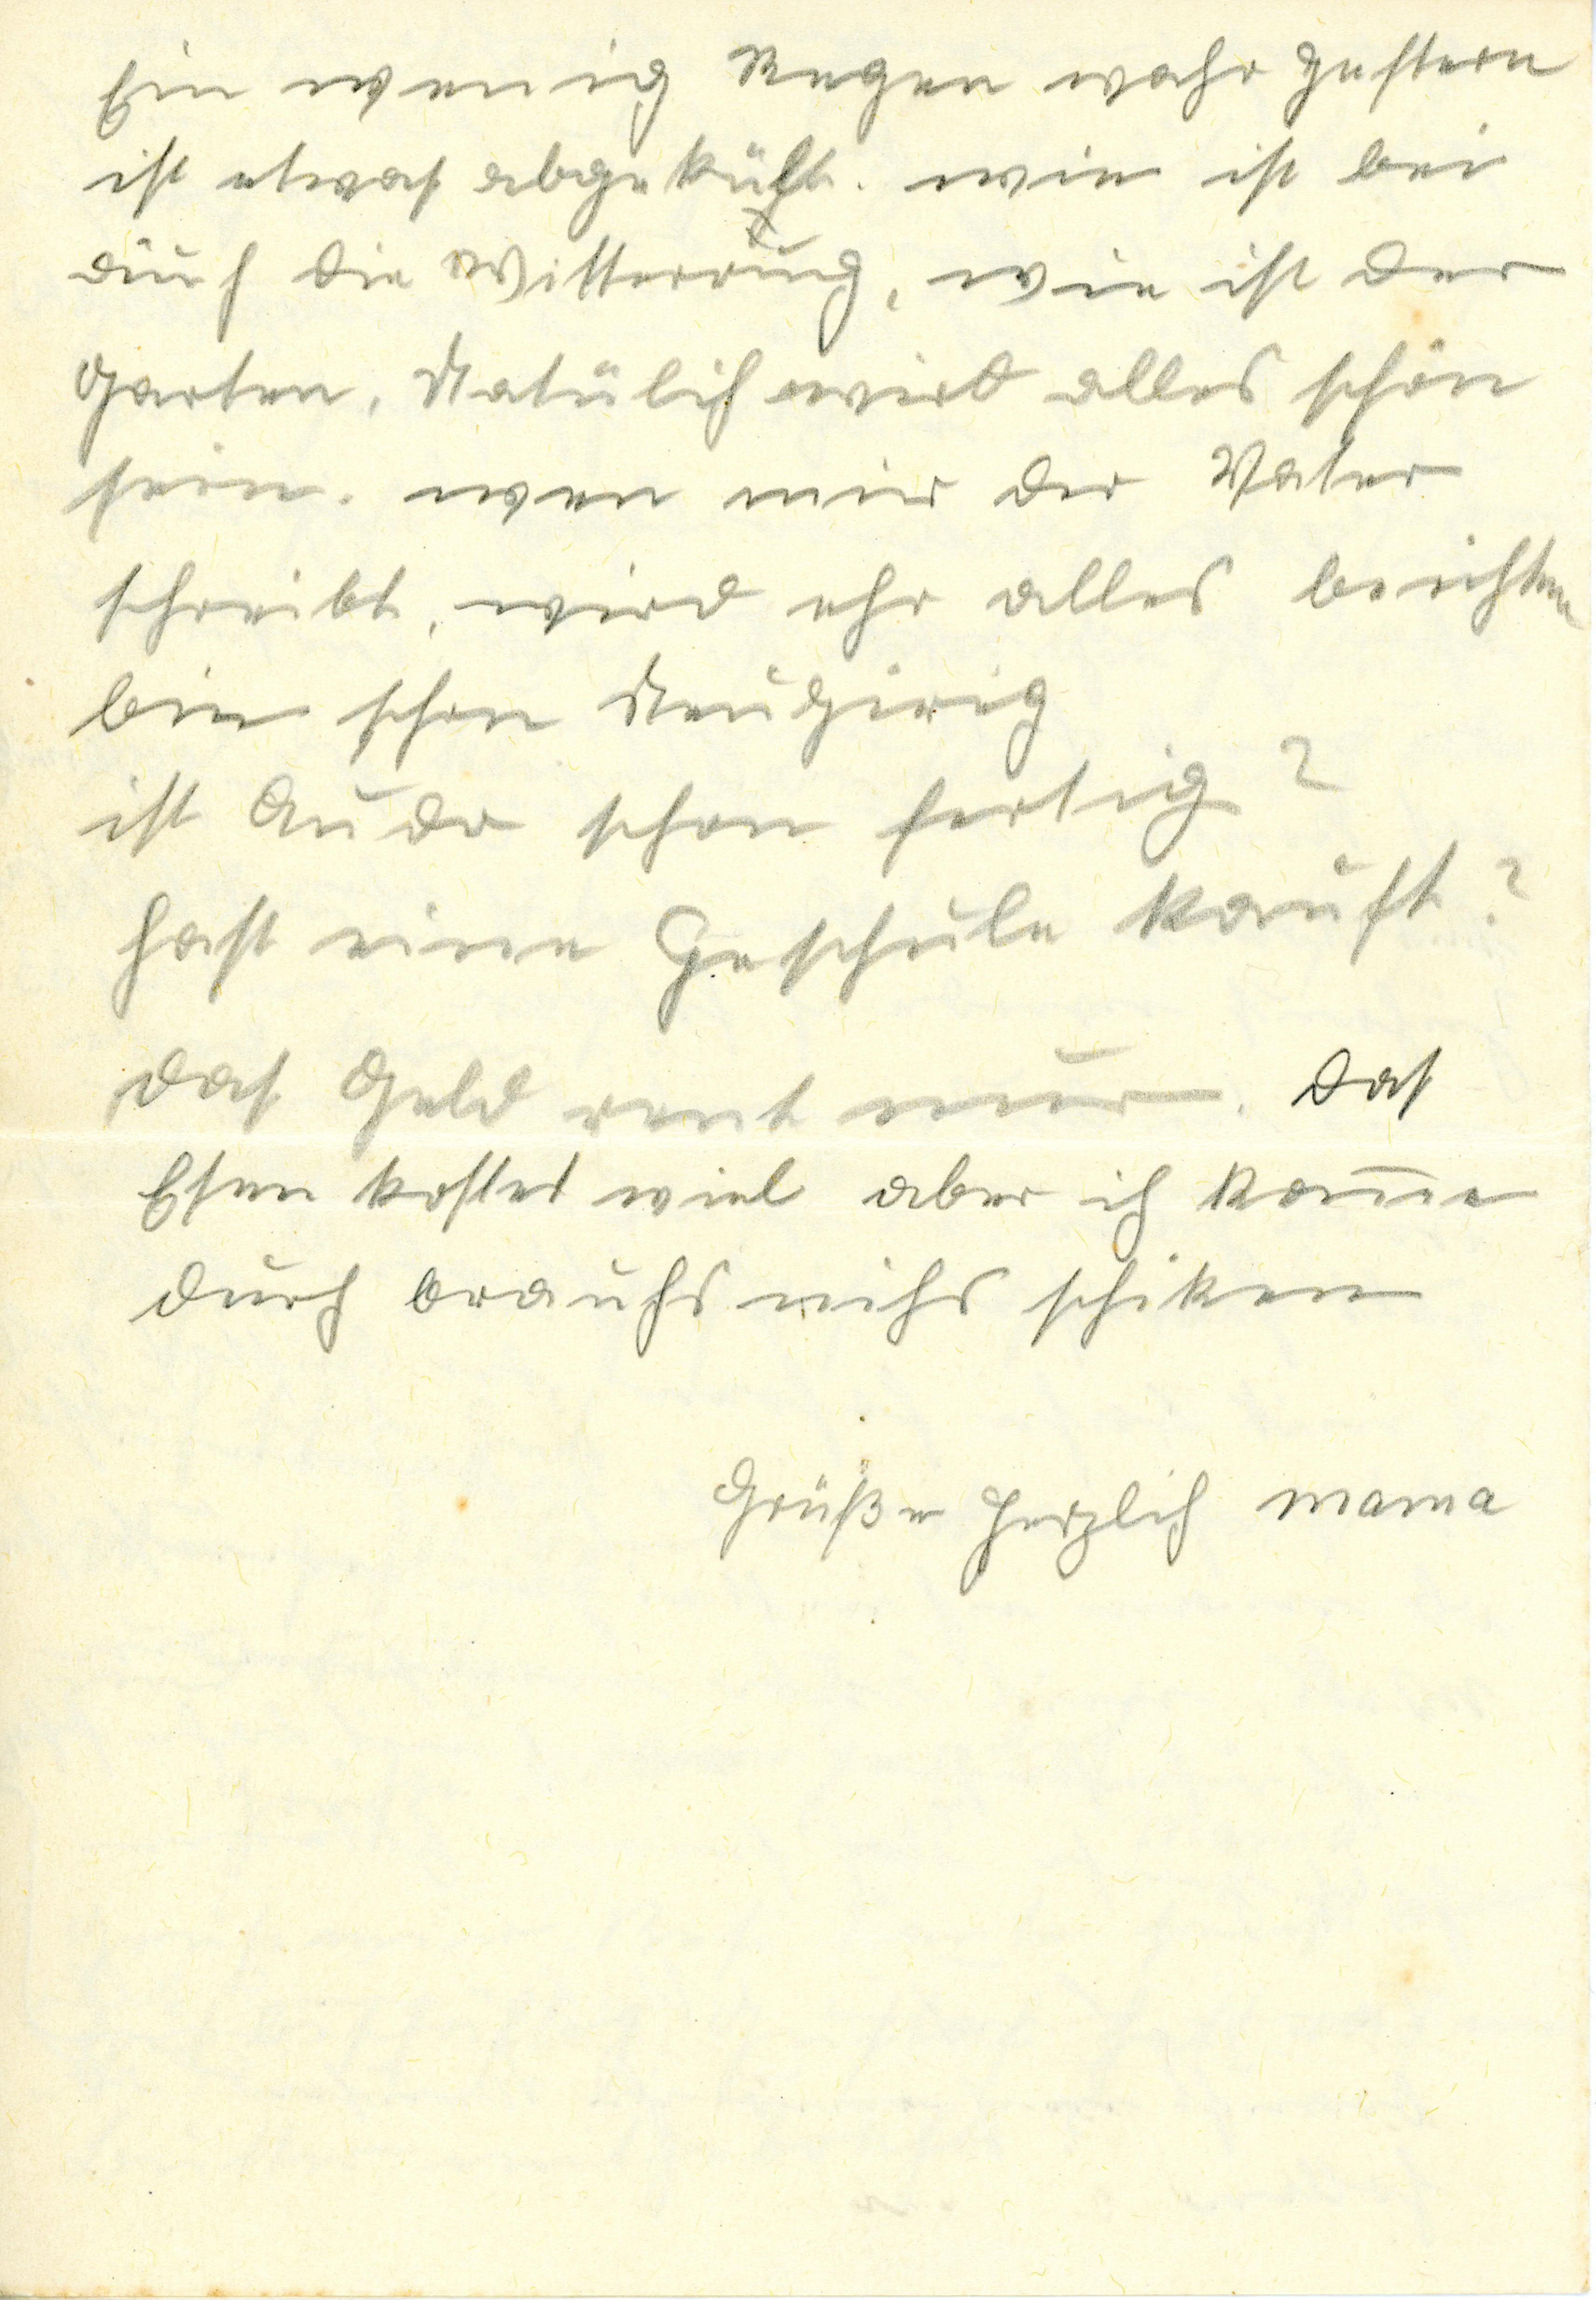
Ein wenig Regen wahr gestern
ist etwas abgekült. wie ist bei
eūch die Witterung, Wie ist der
Garten, Natürlich wird alles schön
sein. Wenn mir der Vater
schreibt, wird ehr alles berichten
bin schon neūgierig
ist Aūdo schon fertig?
Hast eine Gehschūle kaūft?
Das Geld rent nūr. Das
Esen kostet viel aber ich kome
dūrch braūchs nichs schiken
Grüße herzlich Mama